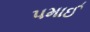
પમાઈ